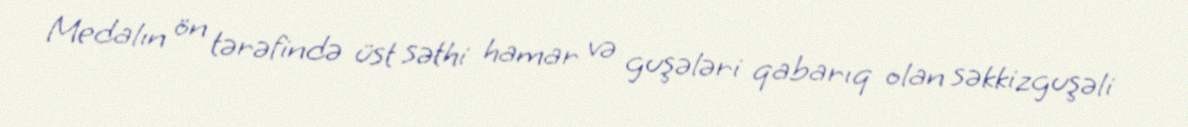
Medalın ön tərəfində üst səthi hamar və guşələri qabarıq olan səkkizguşəli